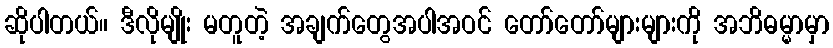
ဆိုပါတယ်။ ဒီလိုမျိုး မတူတဲ့ အချက်တွေအပါအဝင် တော်တော်များများကို အဘိဓမ္မာမှာ